Report on vaccination in Madras 1922-1929 - 1922-1929
Year: 1922
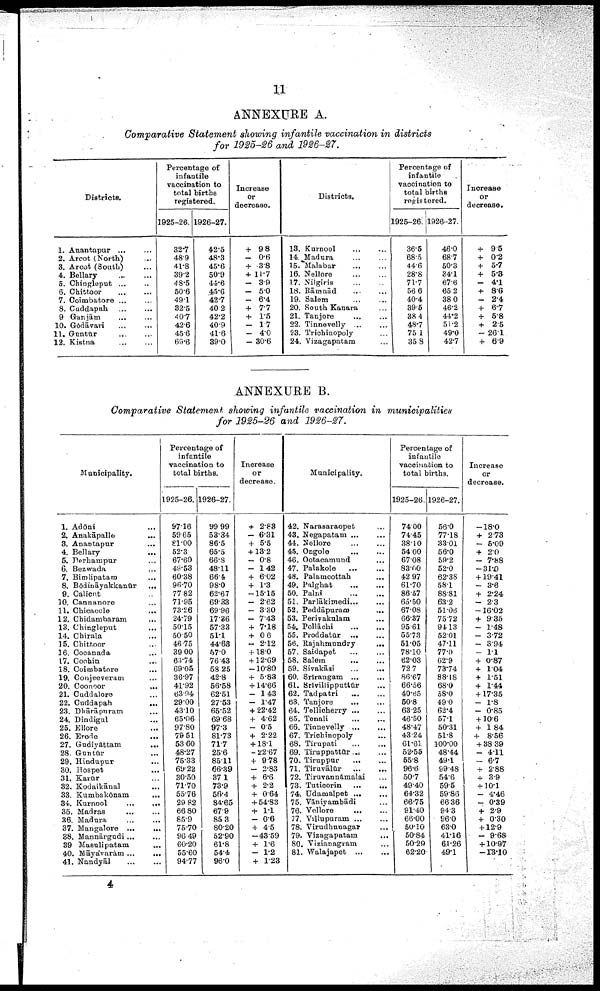
11
ANNEXURE A.
Comparative Statement showing infantile vaccination in districts
for 1925-26 and 1926-27.
Districts.
1. Anantapur
...
...
2. Arcot (North) ...
3. Arcot (South) ...
4. Bellary ... ...
5. Chingleput ... ...
6. Chittoor
...
...
7. Coimbatore ... ...
8. Cuddapah
...
...
9 Ganjām ... ...
10. Gōdāvari
...
...
11. Guntūr
...
...
12. Kistna
...
...
Percentage of
infantile
vaccination to
total births
registered.
1925-26.
32.7
48.9
41.8
39.2
48.5
50.6
49.1
32.5
40.7
42.6
45.6
69.6
1926-27.
42.5
48.3
45.6
50.9
44.6
45.6
42.7
40.2
42.2
40.9
41.6
39.0
Increase
or
decrease.
+ 98
- 0.6
+ 3.8
+ 11.7
- 3.9
- 5.0
- 6.4
+ 7.7
+ 1.5
- 1.7
- 4.0
- 30.6
Districts.
13. Kurnool
...
...
14. Madura ... ...
15. Malabar
...
...
16. Nellore
...
...
17. Nilgiris
...
...
18. Rāmnād
...
...
19. Salem
...
...
20. South Kanara ...
21. Tanjore ... ...
22. Tinnevelly
...
...
23. Trichinopoly ...
24. Vizagapatam ...
Percentage of
infantile
vaccination to
total births
registered.
1925-26.
36.5
68.5
44.6
28.8
71.7
56.6
40.4
39.5
38.4
48.7
75.1
35.8
1926-27.
46.0
68.7
50.3
34.1
67.6
65.2
38.0
46.2
44.2
51.2
49.0
42.7
Increase
or
decrease.
+ 9.5
+ 0.2
+ 5.7
+ 5.3
- 4.1
+ 8.6
-
2.4
+ 6.7
+ 5.8
+ 2.5
- 26.1
+ 6.9
ANNEXURE B.
Comparative Statement showing infantile vaccination in municipalities
for 1925-26 and 1926-27.
Municipality.
1. Adōni ...
2. Anakāpalle
...
3. Anantapur ...
4. Bellary
...
5. Berhampur ...
6. Bezwada ...
7. Bimlipatam ...
8. Bōdināyakkanūr
...
9. Calicut ...
10. Cannanore ...
11. Chicacole ...
12. Chidambaram ...
13. Chingleput ...
14. Chirala ...
15. Chittoor ...
16. Cocanada ...
17. Cochin ...
18. Coimbatore ...
19. Conjeeveram ...
20. Coonoor
...
21. Cuddalore ...
22. Cuddapah ...
23. Dhārāpuram ...
24. Dindigul ...
25. Ellore ...
26. Erode ...
27. Gudiyāttam
...
28. Guntūr ...
29. Hindupur ...
30. Hospet ...
31. Karūr ... ...
32. Kodaikānal ...
33. Kumbakōnam ...
34. Kurnool
...
...
35. Madras ... ...
36. Madura
...
...
37. Mangalore
...
...
38. Mannārgudi ... ...
39 Masulipatam ...
40. Māyavaram ...
41. Nandyāl
...
...
Percentage of
infantile
vaccination to
total births.
1925-26.
97.16
59.65
81.00
52.3
67.60
49.53
60.38
96.70
77.82
71.95
73.26
24.79
50.15
50.50
46.75
39.00
63.74
69.05
36.97
41.92
63.94
29.00
43.10
65.06
97.80
79.51
53.60
48.27
75.33
69.22
30.50
71.70
55.76
29.82
66.80
85.9
75.70
96.49
60.20
55.60
94.77
1926-27.
99.99
53.34
86.5
65.5
66.8
48.1
66.4
98.0
62.67
69.33
69.96
17.36
57.33
51.1
44.68
57.0
76.43
58.25
42.8
56.58
62.51
27.53
65.52
69.68
97.3
81.73
71.7
25.6
85.11
66.39
37.1
73.9
56.4
84.65
67.9
85.3
80.20
52.90
61.8
54.4
96.0
Increase
or
decrease.
+ 2.83
- 6.31
+ 5.5
+ 13.2
- 0.8
- 1.42
+ 6.02
+ 1.3
-15.15
- 2.62
- 3.30
- 7.43
+ 7.18
+ 0.6
- 2.12
+ 18.0
+ 12.69
-10.80
+ 5.83
+14.66
- 1.43
- 1.47
+ 22.42
+ 4.62
- 0.5
+ 2.22
+ 18.1
- 22.67
+ 9.78
- 2.83
+ 6.6
+ 2.2
+ 0.64
+ 54.83
+ 1.1
- 0.6
+ 4.5
-43.59
+ 1.6
- 1.2
+ 1.23
Municipality.
42. Narasaraopet ...
43. Negapatam ... ...
44. Nellore
...
...
45. Ongole
...
...
46. Ootacamund ...
47. Palakole
...
...
48. Palamcottah ...
49. Palghat
...
...
50. Palni
...
...
51. Parlākimedi ... ...
52. Peddāpuram ...
53. Periyakulam ...
54. Pollāchi
...
...
55. Proddatūr
...
...
56. Rajahmundry
...
57. Saidapet ... ...
58. Salem ... ...
59. Sivakāsi
...
...
60. Srīrangam ... ...
61. Srīvillipputtūr...
62. Tadpatri
...
...
63. Tanjore ... ...
64. Tellicherry ... ...
65. Tenali
...
...
66.
Tinnevelly...
...
67. Trichinopoly ...
68. Tirupati
...
...
69. Tiruppattūr... ...
70. Tiruppur
...
...
71. Tiruvālur
...
...
72. Tiruvannāmalai ...
73. Tuticorin
...
...
74. Udamalpet ... ...
75. Vāniyambādi ...
76. Vellore
...
...
77. Villupuram
...
...
78. Virudhunagar ...
79. Vizagapatam ...
80, Vizianagram ...
81. Walajapet
...
...
Percentage of
infantile
vaccination to
total births.
1925-26.
74.00
74.45
38.10
54.00
67.08
83.00
42.97
61.70
86.57
65.50
67.08
66.37
95.61
55.73
51.05
78.10
62.03
72.7
86.67
66.56
40.65
50.8
63.25
46.50
48.47
43.24
61.61
52.55
55.8
96.6
50.7
49.40
64.32
66.75
91.40
66.00
50.10
50.84
50.29
62.20
1926-27.
56.0
77.18
33.01
56.0
59.2
52.0
62.38
58.1
88.81
63.2
5l.06
75.72
94.13
52.01
47.11
77.0
62.9
73.74
88.18
68.0
58.0
49.0
62.4
57.1
50.31
51.8
100.00
48.44
49.1
99.48
54.6
59.5
59.86
66.36
94.3
96.0
63.0
41.16
61.26
49.1
Increase
or
decrease.
-18.0
+ 2.73
- 5.09
+ 2.0
- 7.88
-31.0
+ 19.41
- 3.6
+ 2.24
- 2.3
-16.02
+ 9.35
- 1.48
- 3.72
- 3.94
- 1.1
+ 0.87
+ 1.04
+ 1.51
+ 1.44
+17.35
- 1.8
- 0.85
+ 10.6
+ 1.84
+ 8.56
+ 38.39
- 4.11
- 6.7
+ 2.88
+ 3.9
+ 10.1
- 4.46
- 0.39
+ 2.9
+ 0.30
+ 12.9
- 9.68
+ 10.97
-13.10
4